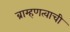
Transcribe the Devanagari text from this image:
ब्राम्हणत्वाची